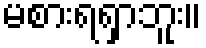
မစားရရှာဘူး။